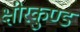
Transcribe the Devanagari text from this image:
क्षीरकुण्ड